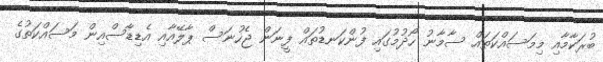
ބުރަކާމާއި މިމަސައްކަތައް ސާމާނު ހޯދުމުގައި ފުންކަނޑުތައް ފީނަން ޖެހުނަސް ޕާލޭއާއި އެޑިޑާސްއިން މަސައްކަތުގެ